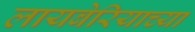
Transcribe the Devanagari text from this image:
लायबेरियाच्या